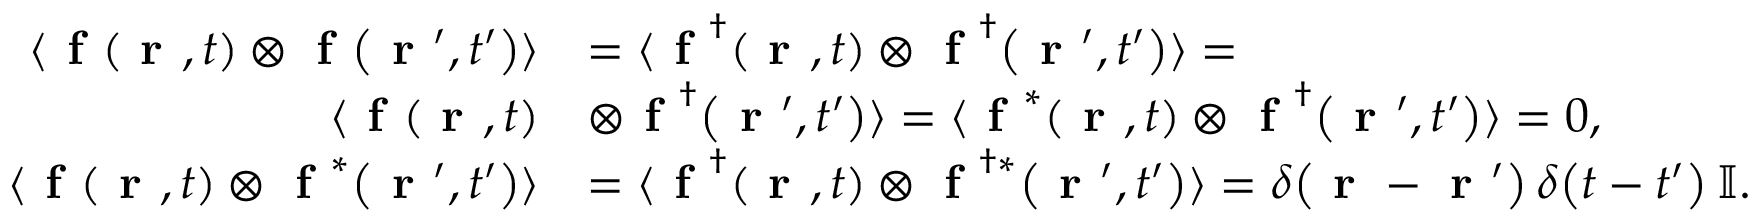
\begin{array} { r l } { \langle \textbf { f } \! \left( \textbf { r } , t \right) \otimes \textbf { f } \! \left( \textbf { r } ^ { \prime } , t ^ { \prime } \right) \rangle } & { = \langle \textbf { f } ^ { \dag } \! \left( \textbf { r } , t \right) \otimes \textbf { f } ^ { \dag } \! \left( \textbf { r } ^ { \prime } , t ^ { \prime } \right) \rangle = } \\ { \langle \textbf { f } \! \left( \textbf { r } , t \right) } & { \otimes \textbf { f } ^ { \dag } \! \left( \textbf { r } ^ { \prime } , t ^ { \prime } \right) \rangle = \langle \textbf { f } ^ { * } \! \left( \textbf { r } , t \right) \otimes \textbf { f } ^ { \dag } \! \left( \textbf { r } ^ { \prime } , t ^ { \prime } \right) \rangle = 0 , } \\ { \langle \textbf { f } \! \left( \textbf { r } , t \right) \otimes \textbf { f } ^ { * } \! \left( \textbf { r } ^ { \prime } , t ^ { \prime } \right) \rangle } & { = \langle \textbf { f } ^ { \dag } \! \left( \textbf { r } , t \right) \otimes \textbf { f } ^ { \dag * } \! \left( \textbf { r } ^ { \prime } , t ^ { \prime } \right) \rangle = \delta \! \left( \textbf { r } - \textbf { r } ^ { \prime } \right) \delta \! \left( t - t ^ { \prime } \right) \mathbb { I } . } \end{array}